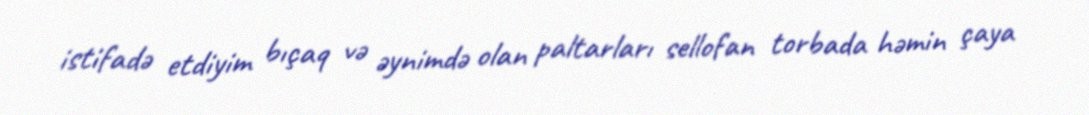
istifadə etdiyim bıçaq və əynimdə olan paltarları sellofan torbada həmin çaya